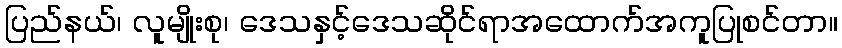
ပြည်နယ်၊ လူမျိုးစု၊ ဒေသနှင့်ဒေသဆိုင်ရာအထောက်အကူပြုစင်တာ။